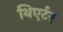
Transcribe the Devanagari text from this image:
थिएर्टर